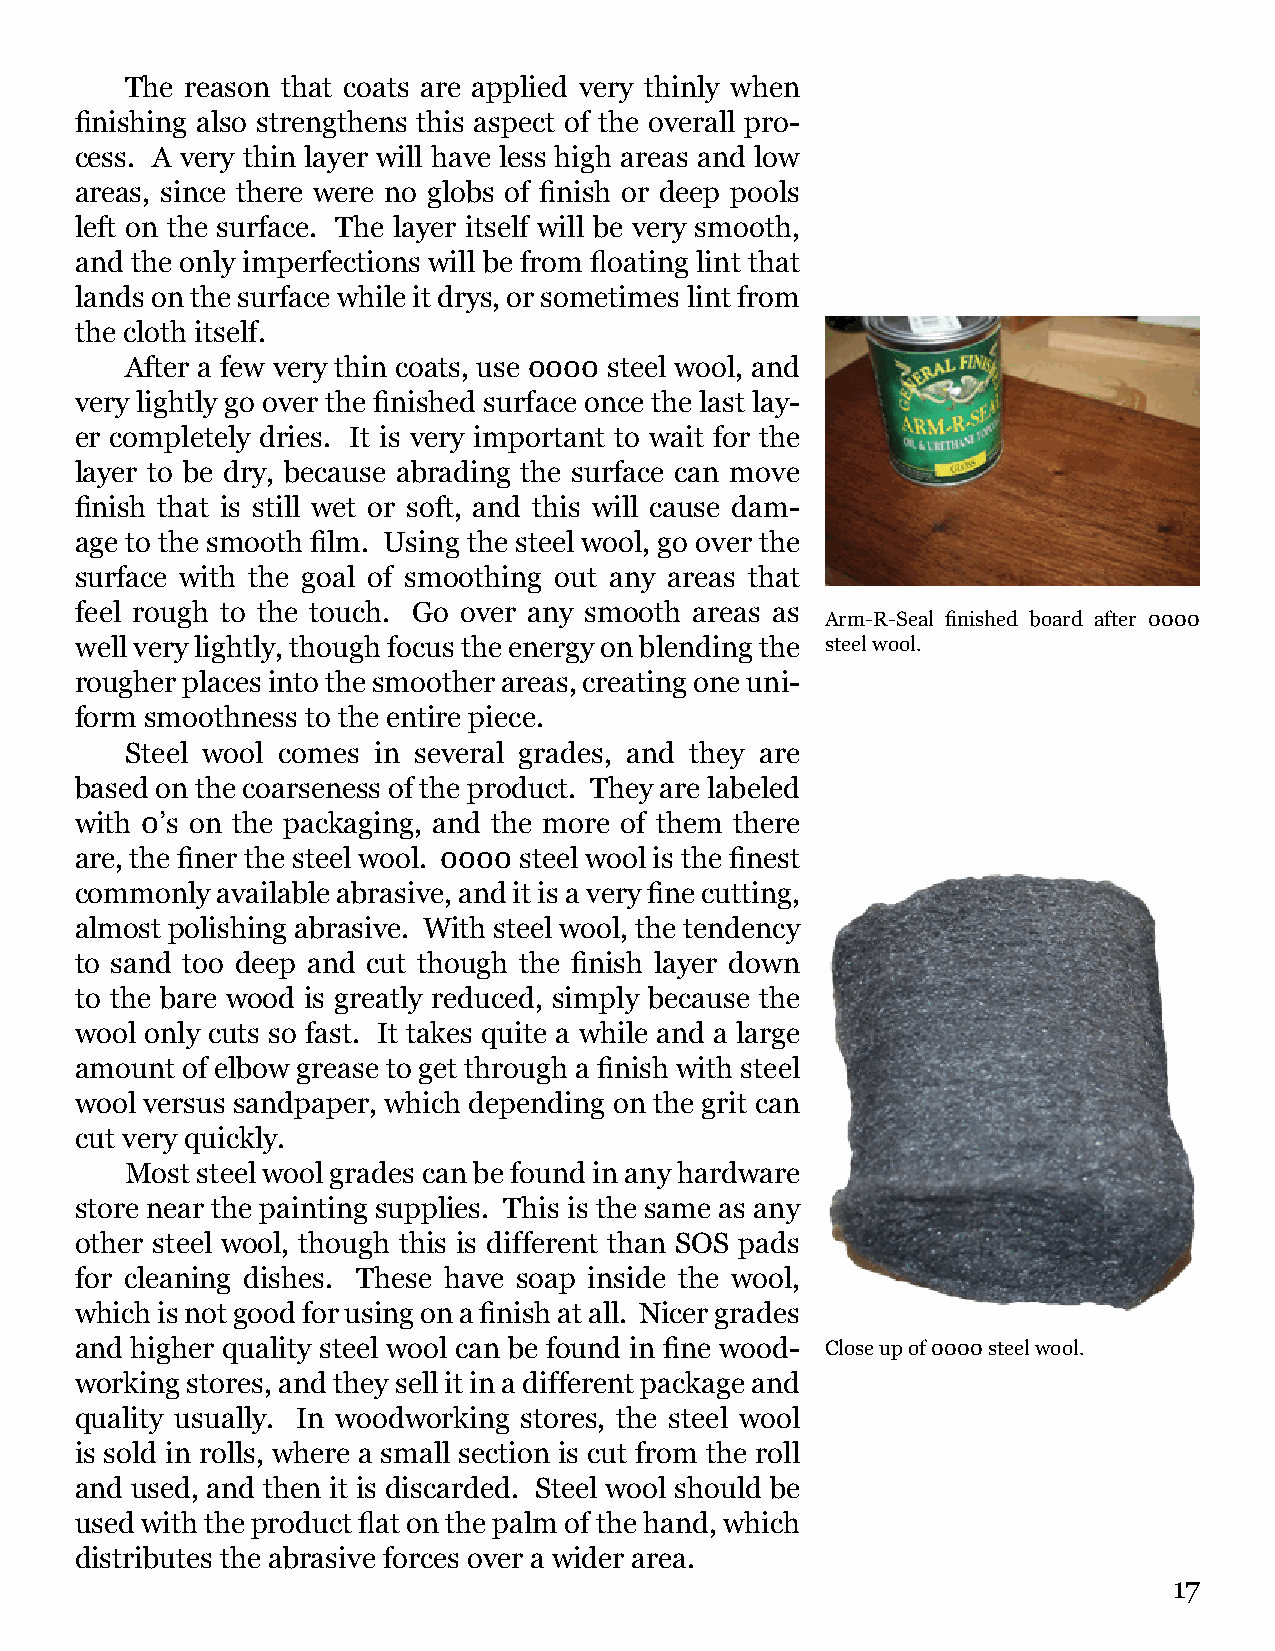
The reason that coats are applied very thinly when
 finishing also strengthens this aspect of the overall pro-
 cess. A very thin layer will have less high areas and low
 areas, since there were no globs of finish or deep pools
 left on the surface. The layer itself will be very smooth,
 and the only imperfections will be from floating lint that
 lands on the surface while it drys, or sometimes lint from
 the cloth itself.
 After a few very thin coats, use 0000 steel wool, and
 very lightly go over the finished surface once the last lay-
 er completely dries. It is very important to wait for the
 layer to be dry, because abrading the surface can move
 finish that is still wet or soft, and this will cause dam-
 age to the smooth film. Using the steel wool, go over the
 surface with the goal of smoothing out any areas that
 feel rough to the touch. Go over any smooth areas as
 Arm-R-Seal finished board after 0000
 well very lightly, though focus the energy on blending the steel wool.
 rougher places into the smoother areas, creating one uni-
 form smoothness to the entire piece.
 Steel wool comes in several grades, and they are
 based on the coarseness of the product. They are labeled
 with 0’s on the packaging, and the more of them there
 are, the finer the steel wool. 0000 steel wool is the finest
 commonly available abrasive, and it is a very fine cutting,
 almost polishing abrasive. With steel wool, the tendency
 to sand too deep and cut though the finish layer down
 to the bare wood is greatly reduced, simply because the
 wool only cuts so fast. It takes quite a while and a large
 amount of elbow grease to get through a finish with steel
 wool versus sandpaper, which depending on the grit can
 cut very quickly.
 Most steel wool grades can be found in any hardware
 store near the painting supplies. This is the same as any
 other steel wool, though this is different than SOS pads
 for cleaning dishes. These have soap inside the wool,
 which is not good for using on a finish at all. Nicer grades
 and higher quality steel wool can be found in fine wood- Close up of 0000 steel wool.
 working stores, and they sell it in a different package and
 quality usually. In woodworking stores, the steel wool
 is sold in rolls, where a small section is cut from the roll
 and used, and then it is discarded. Steel wool should be
 used with the product flat on the palm of the hand, which
 distributes the abrasive forces over a wider area.
 17